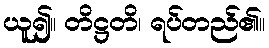
ယူ၍။ တိဋ္ဌတိ၊ ရပ်တည်၏။